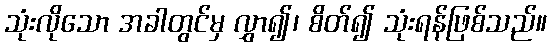
သုံးလိုသော အခါတွင်မှ လွှာ၍၊ စိတ်၍ သုံးရန်ဖြစ်သည်။